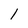
Character: 1